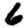
Digit: 6